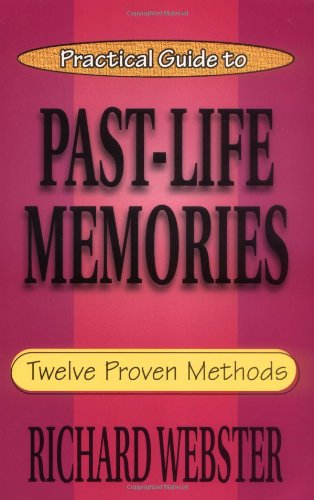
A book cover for Practical Guide to Past-Life Memories: Twelve Proven Methods (Practical Guide Series); Richard Webster; Self-Help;